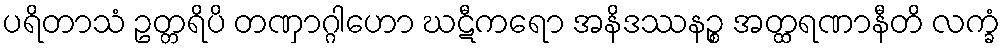
ပရိတာသံ ဥတ္တရိပိ တဏှာဂ္ဂါဟော ဃဋီကရော အနိဒဿနဉ္စ အတ္ထရဏာနီတိ လက္ခံ